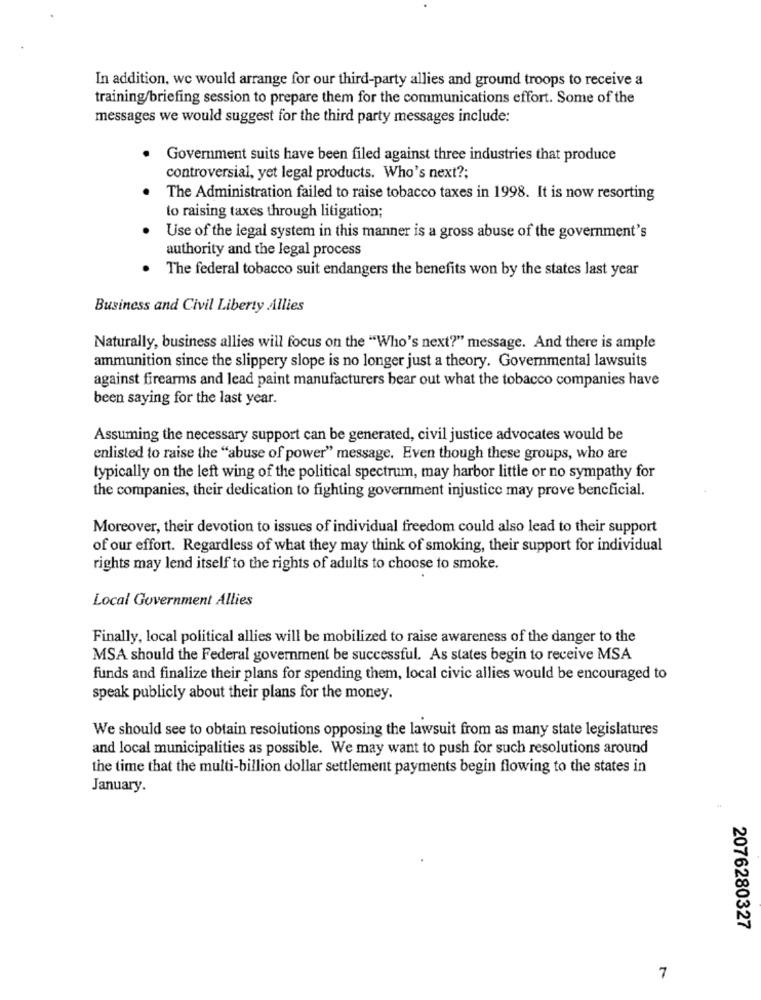
In addition, we would arrange for our third-party allies and ground troops to receive a
training/briefing session to prepare them for the communications effort. Some of the
messages we would suggest for the third party messages include:
Government suits have been filed against three industries that produce
controversial, yet legal products. Who's next ?;
The Administration failed to raise tobacco taxes in 1998. It is now resorting
to raising taxes through litigation;
Use of the legal system in this manner is a gross abuse of the government's
authority and the legal process
The federal tobacco suit endangers the benefits won by the states last year
Business and Civil Liberty Allies
Naturally, business allies will focus on the "Who's next?" message. And there is ample
ammunition since the slippery slope is no longer just a theory. Governmental lawsuits
against firearms and lead paint manufacturers bear out what the tobacco companies have
been saying for the last year.
Assuming the necessary support can be generated, civil justice advocates would be
enlisted to raise the "abuse of power" message. Even though these groups, who are
typically on the left wing of the political spectrum, may harbor little or no sympathy for
the companies, their dedication to fighting government injustice may prove beneficial.
Moreover, their devotion to issues of individual freedom could also lead to their support
of our effort. Regardless of what they may think of smoking, their support for individual
rights may lend itself to the rights of adults to choose to smoke.
Local Government Allies
Finally, local political allies will be mobilized to raise awareness of the danger to the
MSA should the Federal government be successful. As states begin to receive MSA
funds and finalize their plans for spending them, local civic allies would be encouraged to
speak publicly about their plans for the money.
We should see to obtain resolutions opposing the lawsuit from as many state legislatures
and local municipalities as possible. We may want to push for such resolutions around
the time that the multi-billion dollar settlement payments begin flowing to the states in
January.
2076280327
7